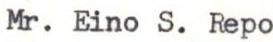
Mr. Eino S. Repo